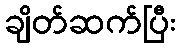
ချိတ်ဆက်ပြီး